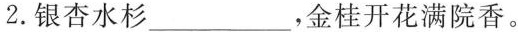
2.银杏水杉___，金桂开花满院香。